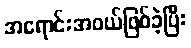
အရောင်းအဝယ်ဖြစ်ခဲ့ပြီး